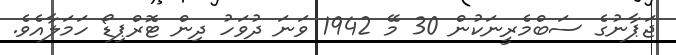
ޖަޕާނުގެ ސަބްމެރީނަކުން 30 މޭ 1942 ވަނަ ދުވަހު ދިން ޓޮރްޕިޑޯ ހަމަލާއެވެ.